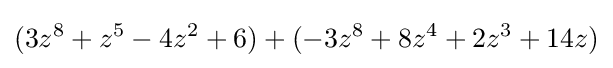
(3z^{8}+z^{5}-4z^{2}+6)+(-3z^{8}+8z^{4}+2z^{3}+14z)